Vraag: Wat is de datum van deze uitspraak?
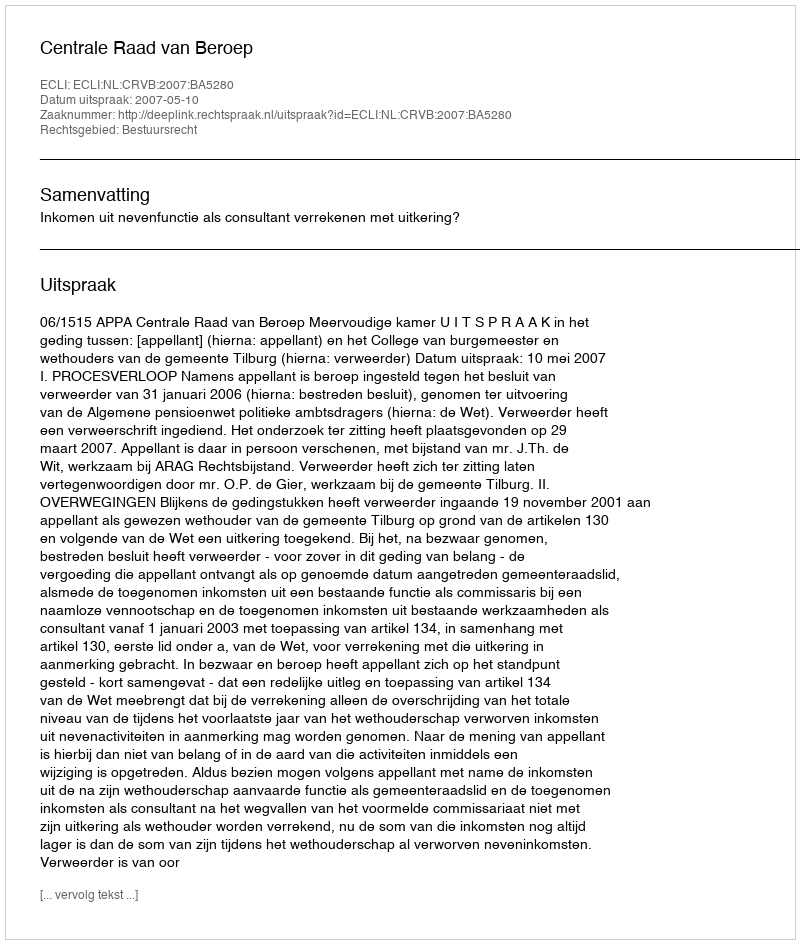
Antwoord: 2007-05-10